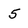
Character: 5